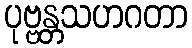
ပုဗ္ဗန္တသဟဂတာ